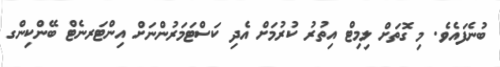
ބުނެފައެވެ. މި ގޮތަށް ލިމިޓް އިތުރު ކުރުމަށް އެދި ކަސްޓަމަރުންނަށް އިންޓަރނެޓް ބޭންކިންގ